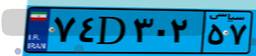
۷۴D۳۰۲۵۷